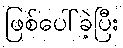
ဖြစ်ပေါ်ခဲ့ပြီး